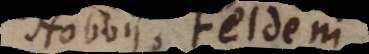
Hobbii, Feldeni